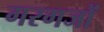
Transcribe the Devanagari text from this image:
गरगजों